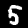
Digit: 5